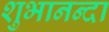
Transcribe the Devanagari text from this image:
शुभानन्दा